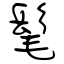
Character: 髦